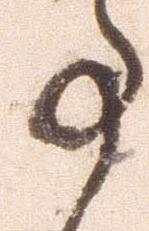
事